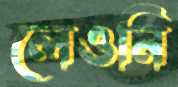
লেওনি